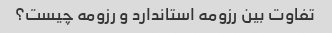
تفاوت بین رزومه استاندارد و رزومه چیست؟